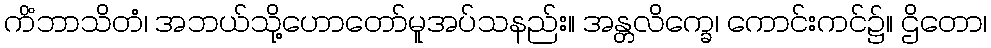
ကိံဘာသိတံ၊ အဘယ်သို့ဟောတော်မူအပ်သနည်း။ အန္တလိက္ခေ၊ ကောင်းကင်၌။ ဌိတော၊